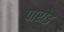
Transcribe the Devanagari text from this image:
पारोड